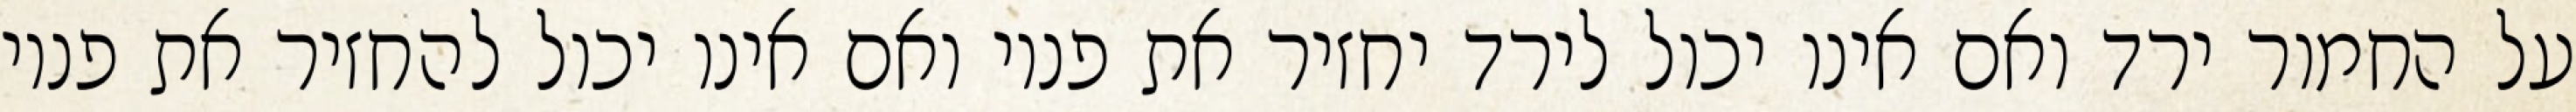
על החמור ירד ואם אינו יכול לירד יחזיר את פניו ואם אינו יכול להחזיר את פניו